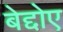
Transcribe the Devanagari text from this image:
बेद्दोए